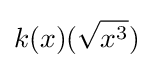
k(x)({\sqrt {x^{3}}})